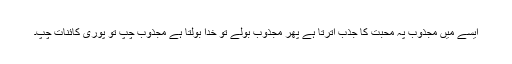
ایسے میں مجذوب پہ محبت کا جذب اترتا ہے پھر مجذوب بولے تو خدا بولتا ہے مجذوب چُپ تو پوری کائنات چُپ۔